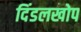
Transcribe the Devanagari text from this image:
दिंडलखोप